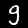
Label: 9